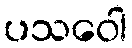
ပသဝေါ